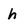
Character: h